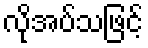
လိုအပ်သဖြင့်